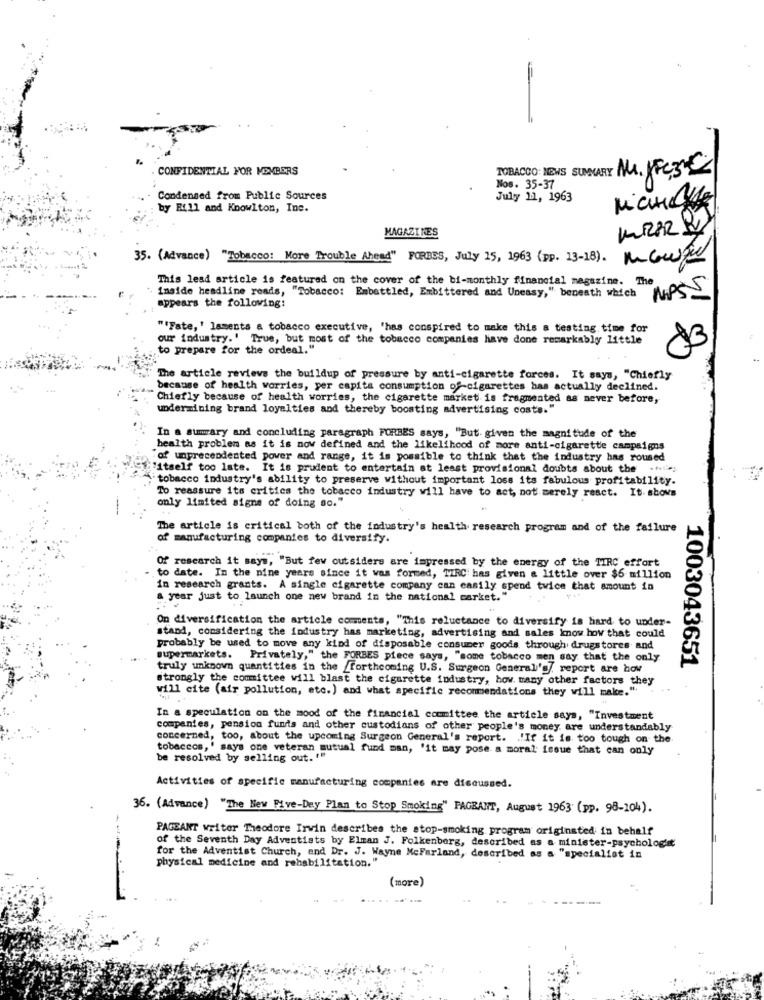
CONFIDENTIAL FOR MEMBERS
TOBACCO: NEMS SUMMARY NU. JEczC
Nos. 35-37
Condensed from Public Sources
July 11, 1963
by Bill and Knowlton, Inc.
MIRAR RY
MAGAZINES
35. (Advance) "Tobacco: More Trouble Ahead" FORBES, July 15, 1963 (pp. 13-18).
This lead article is featured on the cover of the bi-monthly financial magazine.
The
inside headline reads, "Tobacco: Embattled, Embittered and Uneasy," beneath which MPS
appears the following:
""Fate,' laments a tobacco executive, 'has conspired to make this a testing time for
our industry.' True, but most of the tobacco companies have done remarkably little
to prepare for the ordeal."
The article reviews the buildup of pressure by anti-cigarette forces. It says, "Chiefly
because of health worries, per capita consumption of-cigarettes has actually declined.
Chiefly because of health worries, the cigarette market is fragmented as never before,
undermining brand loyalties and thereby boosting advertising costs."
In a summary and concluding paragraph FORBES says, "But given the magnitude of the
health problem as it is now defined and the likelihood of more anti-cigarette campaigns
of unprecedented pover and range, it is possible to think that the industry has roused
"itself too late. It is prudent to entertain at least provisional doubts about the ***
tobacco industry's ability to preserve without important loss its fabulous profitability.
To reassure its critics the tobacco industry will have to act, not merely react. It shows
only limited signs of doing so."
The article is critical both of the industry's health research program and of the failure
of manufacturing companies to diversify.
Of research it says, "But few outsiders are impressed by the energy of the TIRC effort
to date. In the nine years since it was formed, TIRC has given a little over $6 million
in research grants. A single cigarette company can easily spend twice that amount in
a year just to launch one new brand in the national market."
On diversification the article comments, "This reluctance to diversify is hard to under-
stand, considering the industry has marketing, advertising and sales know how that could
probably be used to move any kind of disposable consumer goods through drugstores and
supermarkets. Privately," the FORBES piece says, "some tobacco men say that the only
truly unknown quantities in the _Forthcoming U.S. Surgeon General's report are hov
1003043651
strongly the committee will blast the cigarette industry, how many other factors they
will cite (air pollution, etc.) and what specific recommendations they will make."
In a speculation on the mood of the financial committee the article says, "Investment
companies, pension funds and other custodians of other people's money are understandably
concerned, too, about the upcoming Surgeon General's report. . "If it is too tough on the
tobaccos,' says one veteran mutual fund man, 'it may pose a moral issue that can only
be resolved by selling out. ""
Activities of specific manufacturing companies are discussed.
36. (Advance) "The New Five-Day Plan to Stop Smoking" FAGRANT, August 1963 (pp. 98-104).
PAGEANT writer Theodore Irwin describes the stop-smoking program originsted in behalf
of the Seventh Day Adventists by Elman J. Folkenberg, described as a minister-psychologit
for the Adventist Church, and Dr. J. Wayne McFarland, described as a "specialist in
physical medicine and rehabilitation."
(more)